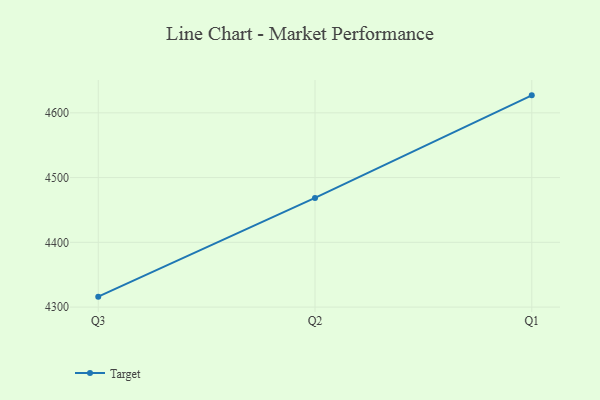
{"axis": {"x": "Quarter", "y": "LTV (USD)"}, "legend": ["Target"], "data": [{"x": "Q3", "y": 4316.1, "type": "Target"}, {"x": "Q2", "y": 4468.6, "type": "Target"}, {"x": "Q1", "y": 4627.0, "type": "Target"}]}